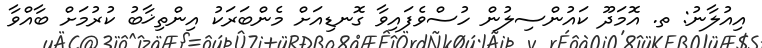
އިއުލާނު: ތ. އޮމަދޫ ކައުންސިލުން ހުސްވެފައިވާ ގޮނޑިއަށް މެންބަރަކު އިންތިޚާބު ކުރުމަށް ބާއްވާ